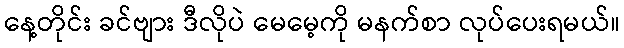
နေ့တိုင်း ခင်ဗျား ဒီလိုပဲ မေမေ့ကို မနက်စာ လုပ်ပေးရမယ်။